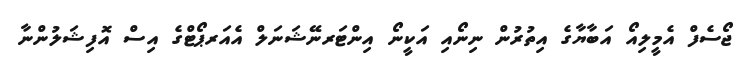
ޖޯސެފް އެމީލިއޯ އަބާޔާގެ އިތުރުން ނިނޯއި އަކީނޯ އިންޓަރނޭޝަނަލް އެއަރޕޯޓްގެ އިސް އޮފިޝަލުންނާ